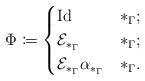
LaTeX: \begin{align*}\Phi\coloneqq\begin{cases}\operatorname{Id} & *_\Gamma;\\\mathcal{E}_{*_\Gamma} & *_\Gamma;\\\mathcal{E}_{*_\Gamma}\alpha_{*_\Gamma} & *_\Gamma.\end{cases}\end{align*}